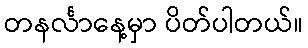
တနင်္လာနေ့မှာ ပိတ်ပါတယ်။